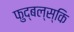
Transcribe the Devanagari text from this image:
फुद्बल्स्कि